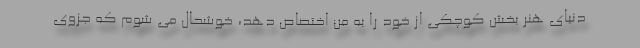
دنیای هنر بخش کوچکی از خود را به من اختصاص دهد، خوشحال می شوم که جزوی